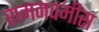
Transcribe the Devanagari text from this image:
रामनवमीस